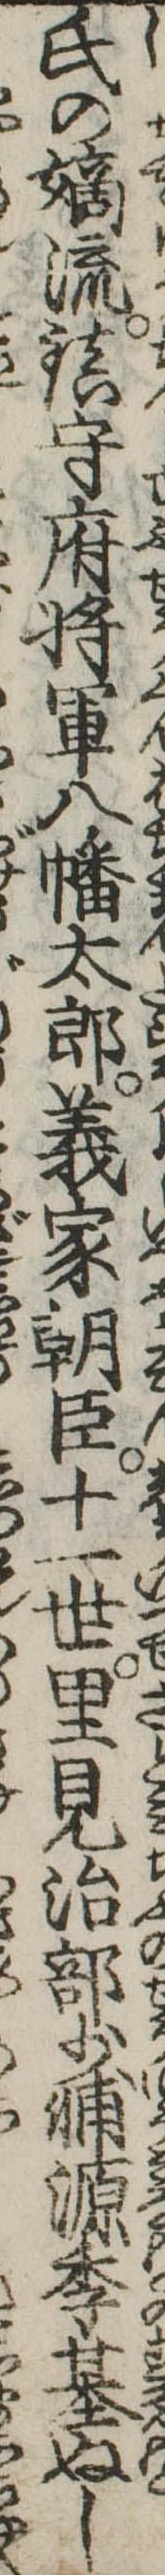
氏の嫡流鎮守府将軍八幡太郎義家朝臣十一世里見治部少輔源季基ぬし